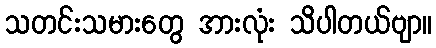
သတင်းသမားတွေ အားလုံး သိပါတယ်ဗျာ။